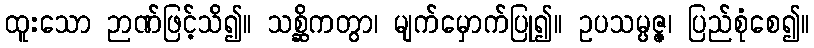
ထူးသော ဉာဏ်ဖြင့်သိ၍။ သစ္ဆိကတွာ၊ မျက်မှောက်ပြု၍။ ဥပသမ္ပဇ္ဇ၊ ပြည်စုံစေ၍။